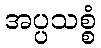
အပ္ပသစ္စံ